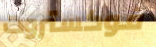
فوكستروت